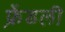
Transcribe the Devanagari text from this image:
फ़्रेंडली